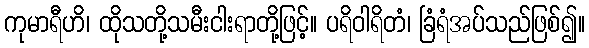
ကုမာရီဟိ၊ ထိုသတို့သမီးငါးရာတို့ဖြင့်။ ပရိဝါရိတံ၊ ခြံရံအပ်သည်ဖြစ်၍။